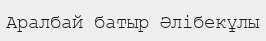
Аралбай батыр Әлібекұлы